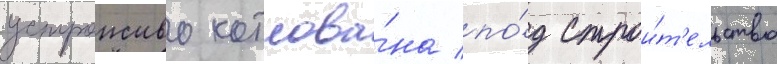
устроиство котлова́на по́д строи́т'ельство